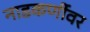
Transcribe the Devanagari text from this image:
नाडकर्णीवर